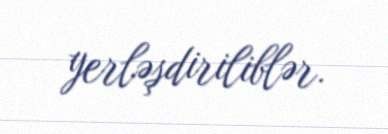
yerləşdiriliblər.